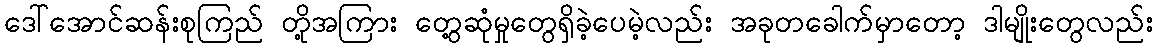
ဒေါ်အောင်ဆန်းစုကြည် တို့အကြား တွေ့ဆုံမှုတွေရှိခဲ့ပေမဲ့လည်း အခုတခေါက်မှာတော့ ဒါမျိုးတွေလည်း